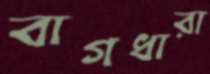
বাগধারা